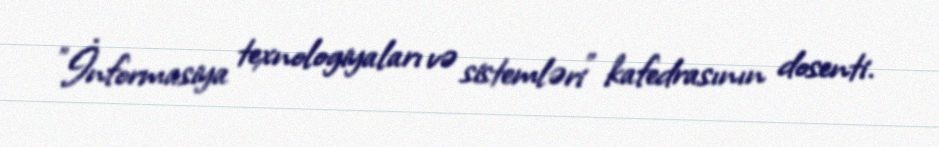
"İnformasiya texnologiyaları və sistemləri" kafedrasının dosenti.